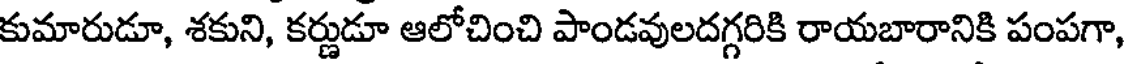
కుమారుడూ, శకుని, కర్ణుడూ ఆలోచించి పాండవులదగ్గరికి రాయబారానికి పంపగా,